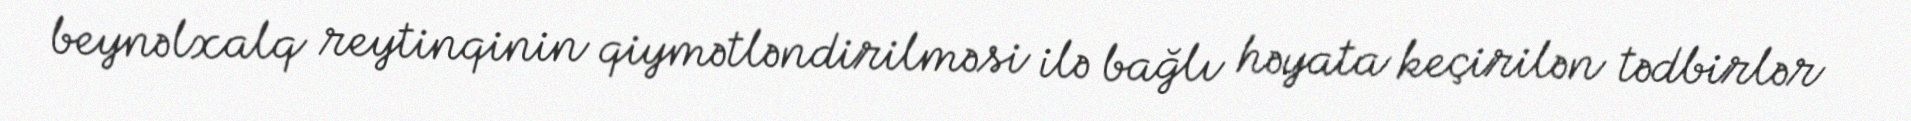
beynəlxalq reytinqinin qiymətləndirilməsi ilə bağlı həyata keçirilən tədbirlər